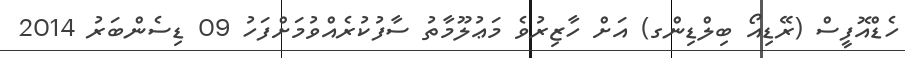
ހެޑްއޮފީސް (ރޭޑިއޯ ބިލްޑިންގ) އަށް ހާޒިރުވެ މަޢުލޫމާތު ސާފުކުރެއްވުމަށްފަހު 09 ޑިސެންބަރު 2014